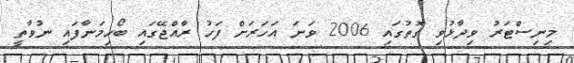
މިނިސްޓަރު ވިދާޅުވި ގޮތުގައި 2006 ވަނަ އަހަރަށް ފަހު ރާއްޖޭގައި ބޯހިމަނާފައި ނުވާތީ